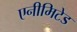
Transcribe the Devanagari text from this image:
एनीमिटेड